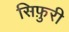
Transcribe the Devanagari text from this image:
सिफ़ुरी